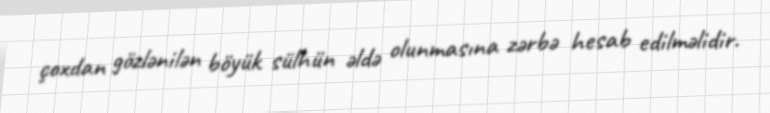
çoxdan gözlənilən böyük sülhün əldə olunmasına zərbə hesab edilməlidir.